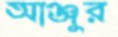
আঞ্জুর